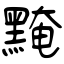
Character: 黤